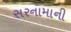
સરનામાની